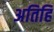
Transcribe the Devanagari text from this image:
अतिहि